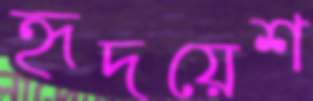
হৃদয়েশ